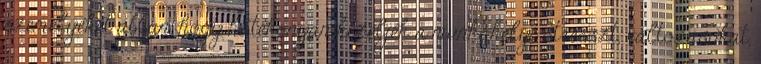
személyeket abban, hogy hatékonyan kezeljék a munkahelyi stresszt, változásokat,